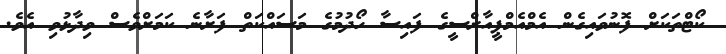
ކޯޓްތަކަށް ފޮނުވައިގެން އެމްއެމްޕީއާރްސީގެ ފައިސާ ހޯދުމުގެ މަސައްކަތް ފަށާނެ ކަމަށްވެސް ވިދާޅުވި އެވެ.